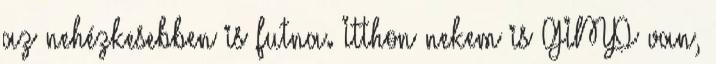
az nehézkesebben is futna. Itthon nekem is GIMP van,